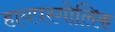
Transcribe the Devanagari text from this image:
हायपरगोलिक